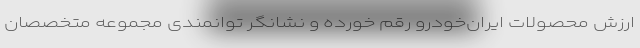
ارزش محصولات ایران‌خودرو رقم خورده و نشانگر توانمندی مجموعه متخصصان